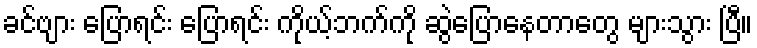
ခင်ဗျား ပြောရင်း ပြောရင်း ကိုယ့်ဘက်ကို ဆွဲပြောနေတာတွေ များသွား ပြီ။